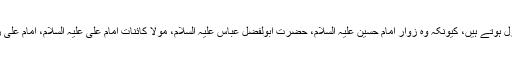
لیکن زائرین کی آمد سے علمدار روڈ اور ہزارہ ٹاون میں الہی برکات نازل ہوتے ہیں، کیونکہ وہ زوار امام حسین علیہ السلام، حضرت ابولفضل عباس علیہ السلام، مولا کائنات امام علی علیہ السلام، امام علی رضا علیہ السلام، بی بی معصومہ قم و دیگر مزارات سے ہوکر آتے ہیں۔